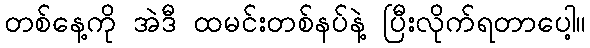
တစ်နေ့ကို အဲဒီ ထမင်းတစ်နပ်နဲ့ ပြီးလိုက်ရတာပေါ့။